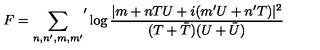
F = { \sum _ { n , n ^ { \prime } , m , m ^ { \prime } } } ^ { \prime } \log \frac { | m + n T U + i ( m ^ { \prime } U + n ^ { \prime } T ) | ^ { 2 } } { ( T + \bar { T } ) ( U + \bar { U } ) }